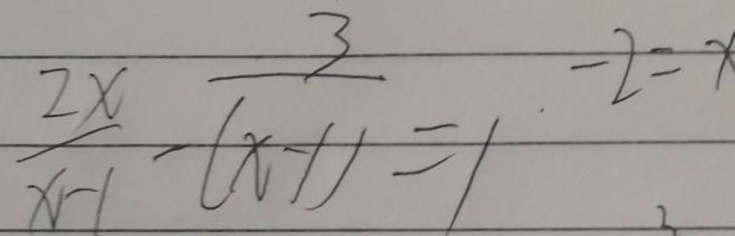
\frac { 2 x } { x - 1 } - \frac { 3 } { ( x - 1 ) } = 1 - 2 = x